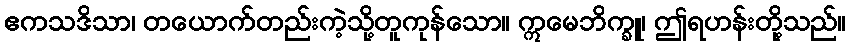
ဧကသဒိသာ၊ တယောက်တည်းကဲ့သို့တူကုန်သော။ ဣမေဘိက္ခူ၊ ဤရဟန်းတို့သည်။